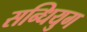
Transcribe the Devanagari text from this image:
सन्धियुग